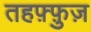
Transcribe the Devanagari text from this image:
तहफ़्फ़ुज़